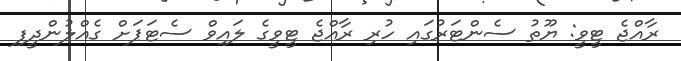
ރާއްޖެ ޓީވީ: ޔޫތު ސެންޓަރުގައި ހުރި ރާއްޖެ ޓީވީގެ ލައިވް ސެޓަޕަށް ގެއްލުންދީފި